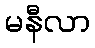
မနီလာ